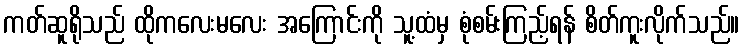
ကတ်ဆူရိုသည် ထိုကလေးမလေး အကြောင်းကို သူ့ထံမှ စုံစမ်းကြည့်ရန် စိတ်ကူးလိုက်သည်။